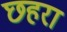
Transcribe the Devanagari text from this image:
छहरा